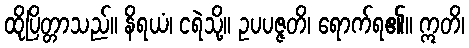
ထိုပြိတ္တာသည်။ နိရယံ၊ ငရဲသို့။ ဥပပဇ္ဇတိ၊ ရောက်ရ၏။ ဣတိ၊